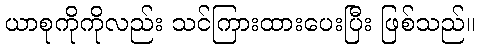
ယာစုကိုကိုလည်း သင်ကြားထားပေးပြီး ဖြစ်သည်။